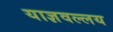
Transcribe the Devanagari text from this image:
याज्ञवल्लय